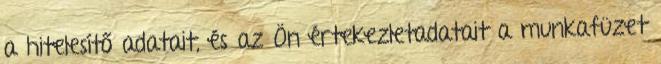
a hitelesítő adatait, és az Ön értekezletadatait a munkafüzet